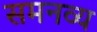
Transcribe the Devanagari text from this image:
समनव्य